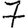
Digit: 7